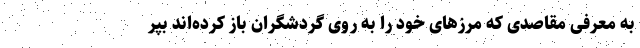
به معرفی مقاصدی که مرزهای خود را به روی گردشگران باز کرده‌اند بپر